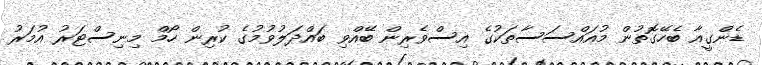
ޑެންގީއާ ބެހޭގޮތުން މުއައްސަސާތަކުގެ އިސްވެރިން ބޭއްވި ބައްދަލުވުމުގެ ކުރިން ހޯމް މިނިސްޓަރު އުމަރު